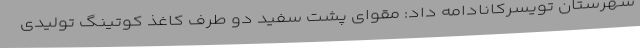
شهرستان تویسرکانادامه داد: مقوای پشت سفید دو طرف کاغذ کوتینگ تولیدی